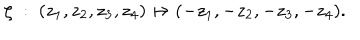
LaTeX: \zeta \; : \; ( z _ { 1 } , z _ { 2 } , z _ { 3 } , z _ { 4 } ) \mapsto ( - z _ { 1 } , - z _ { 2 } , - z _ { 3 } , - z _ { 4 } ) .